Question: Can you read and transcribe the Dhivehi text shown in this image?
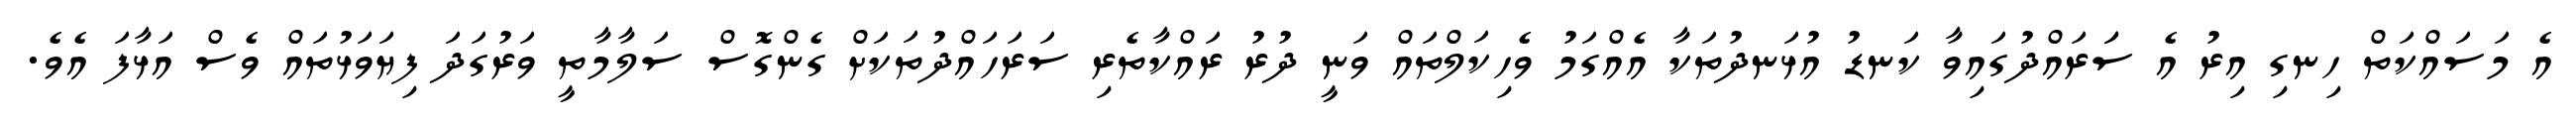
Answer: އެ މަސައްކަތް ހިނގި އިރު އެ ސަަރައްދުގައިވާ ކަނޑު އުޅަނދުތަކާ އެއްގަމު ވެހިކަލްތައް ވަނީ ދުރު ރައްކާތެރި ސަރަހައްދުތަކަށް ގެންގޮސް ސަލާމާތީ ވަރުގަދަ ފިޔަވަޅުތައް ވެސް އަޅާފަ އެވެ.